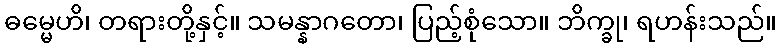
ဓမ္မေဟိ၊ တရားတို့နှင့်။ သမန္နာဂတော၊ ပြည့်စုံသော။ ဘိက္ခု၊ ရဟန်းသည်။